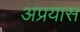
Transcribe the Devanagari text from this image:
अप्रयास